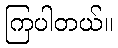
ကြပါတယ်။